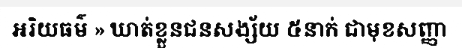
អរិយធម៌ » ឃាត់ខ្លួនជនសង្ស័យ ៥នាក់ ជាមុខសញ្ញា